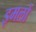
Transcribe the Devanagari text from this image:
इमलों